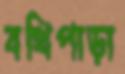
বথিপাড়া